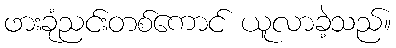
ဖားခုံညင်းတစ်ကောင် ယူလာခဲ့သည်။